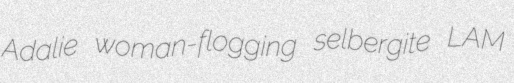
Adalie woman-flogging selbergite LAM